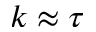
k \approx \tau